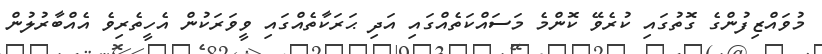
މުވައްޒިފުންގެ ގޮތުގައި ކުރެވޭ ކޮންމެ މަސައްކަތެއްގައި އަދި ޙަރަކާތެއްގައި ވީވަރަކުން އެހީތެރިވެ އެއްބާރުލުން